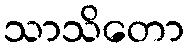
သာသိတော